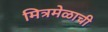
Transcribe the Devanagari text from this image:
मित्रमेळाची